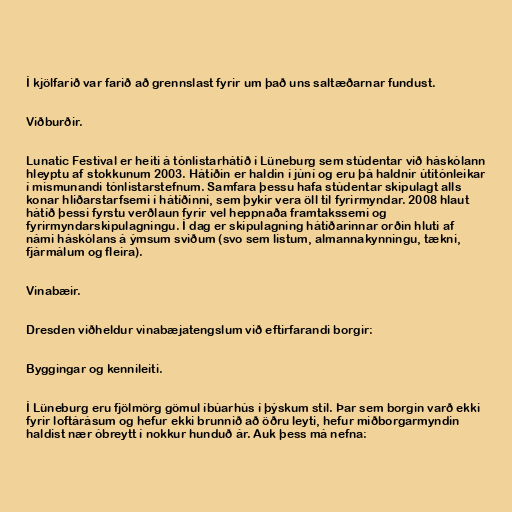
Í kjölfarið var farið að grennslast fyrir um það uns saltæðarnar fundust.

Viðburðir.

Lunatic Festival er heiti á tónlistarhátíð í Lüneburg sem stúdentar við háskólann
hleyptu af stokkunum 2003. Hátíðin er haldin í júní og eru þá haldnir útitónleikar
í mismunandi tónlistarstefnum. Samfara þessu hafa stúdentar skipulagt alls
konar hliðarstarfsemi í hátíðinni, sem þykir vera öll til fyrirmyndar. 2008 hlaut
hátíð þessi fyrstu verðlaun fyrir vel heppnaða framtakssemi og
fyrirmyndarskipulagningu. Í dag er skipulagning hátíðarinnar orðin hluti af
námi háskólans á ýmsum sviðum (svo sem listum, almannakynningu, tækni,
fjármálum og fleira).

Vinabæir.

Dresden viðheldur vinabæjatengslum við eftirfarandi borgir:

Byggingar og kennileiti.

Í Lüneburg eru fjölmörg gömul íbúarhús í þýskum stíl. Þar sem borgin varð ekki
fyrir loftárásum og hefur ekki brunnið að öðru leyti, hefur miðborgarmyndin
haldist nær óbreytt í nokkur hunduð ár. Auk þess má nefna: